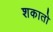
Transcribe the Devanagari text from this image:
शकातो